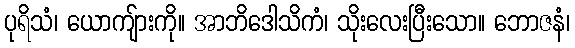
ပုရိသံ၊ ယောကျ်ားကို။ အာဘိဒေါသိကံ၊ သိုးလေးပြီးသော။ ဘောဇနံ၊